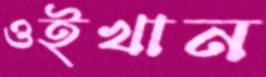
ওইখান